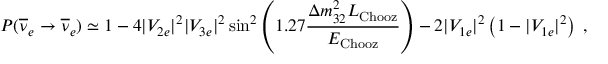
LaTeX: P ( \overline { { { \nu } } } _ { e } \rightarrow \overline { { { \nu } } } _ { e } ) \simeq 1 - 4 | V _ { 2 e } | ^ { 2 } | V _ { 3 e } | ^ { 2 } \sin ^ { 2 } \left( 1 . 2 7 \frac { \Delta m _ { 3 2 } ^ { 2 } L _ { \mathrm { C h o o z } } } { E _ { \mathrm { C h o o z } } } \right) - 2 | V _ { 1 e } | ^ { 2 } \left( 1 - | V _ { 1 e } | ^ { 2 } \right) \; ,